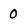
Character: 0